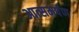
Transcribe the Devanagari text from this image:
आत्समर्पण